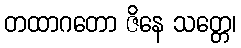
တထာဂတော ဇိနေ သတ္တေ၊